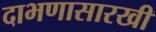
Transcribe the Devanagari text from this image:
दाभणासारखी